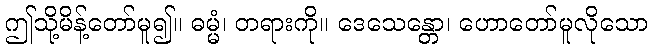
ဤသို့မိန့်တော်မူ၍။ ဓမ္မံ၊ တရားကို။ ဒေသေန္တော၊ ဟောတော်မူလိုသော